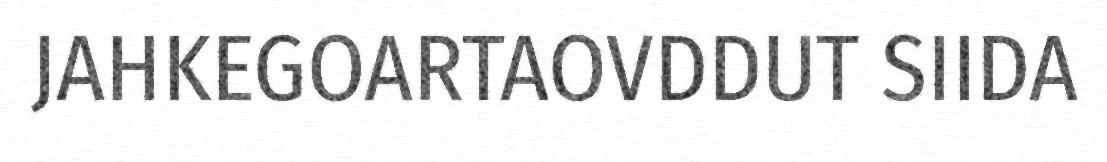
JAHKEGOARTAOVDDUT SIIDA